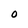
Character: O